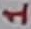
Text: 1